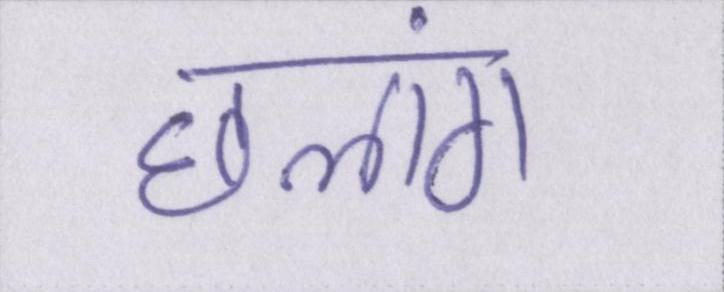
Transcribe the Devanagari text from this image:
छलांग